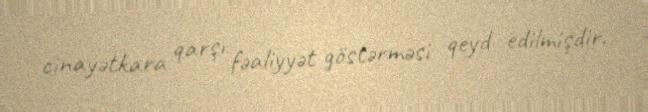
cinayətkara qarşı fəaliyyət göstərməsi qeyd edilmişdir.